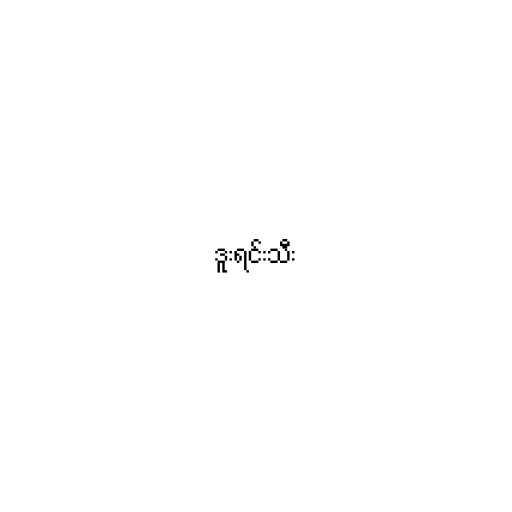
ဒူးရင်းသီး